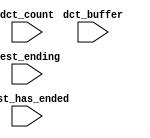
module nios_system_nios2_qsys_0_cpu_oci_test_bench (
                                                     // inputs:
                                                      dct_buffer,
                                                      dct_count,
                                                      test_ending,
                                                      test_has_ended
                                                   )
;

  input   [ 29: 0] dct_buffer;
  input   [  3: 0] dct_count;
  input            test_ending;
  input            test_has_ended;


endmodule